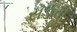
સડાવી